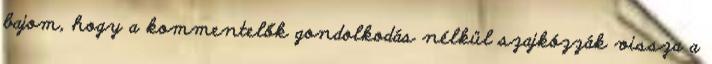
bajom, hogy a kommentelők gondolkodás nélkül szajkózzák vissza a